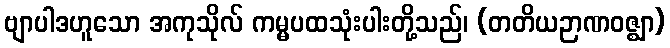
ဗျာပါဒဟူသော အကုသိုလ် ကမ္မပထသုံးပါးတို့သည်၊ (တတိယဉာဏဝဇ္ဈာ)